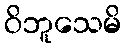
ဝိဘူသေမိ